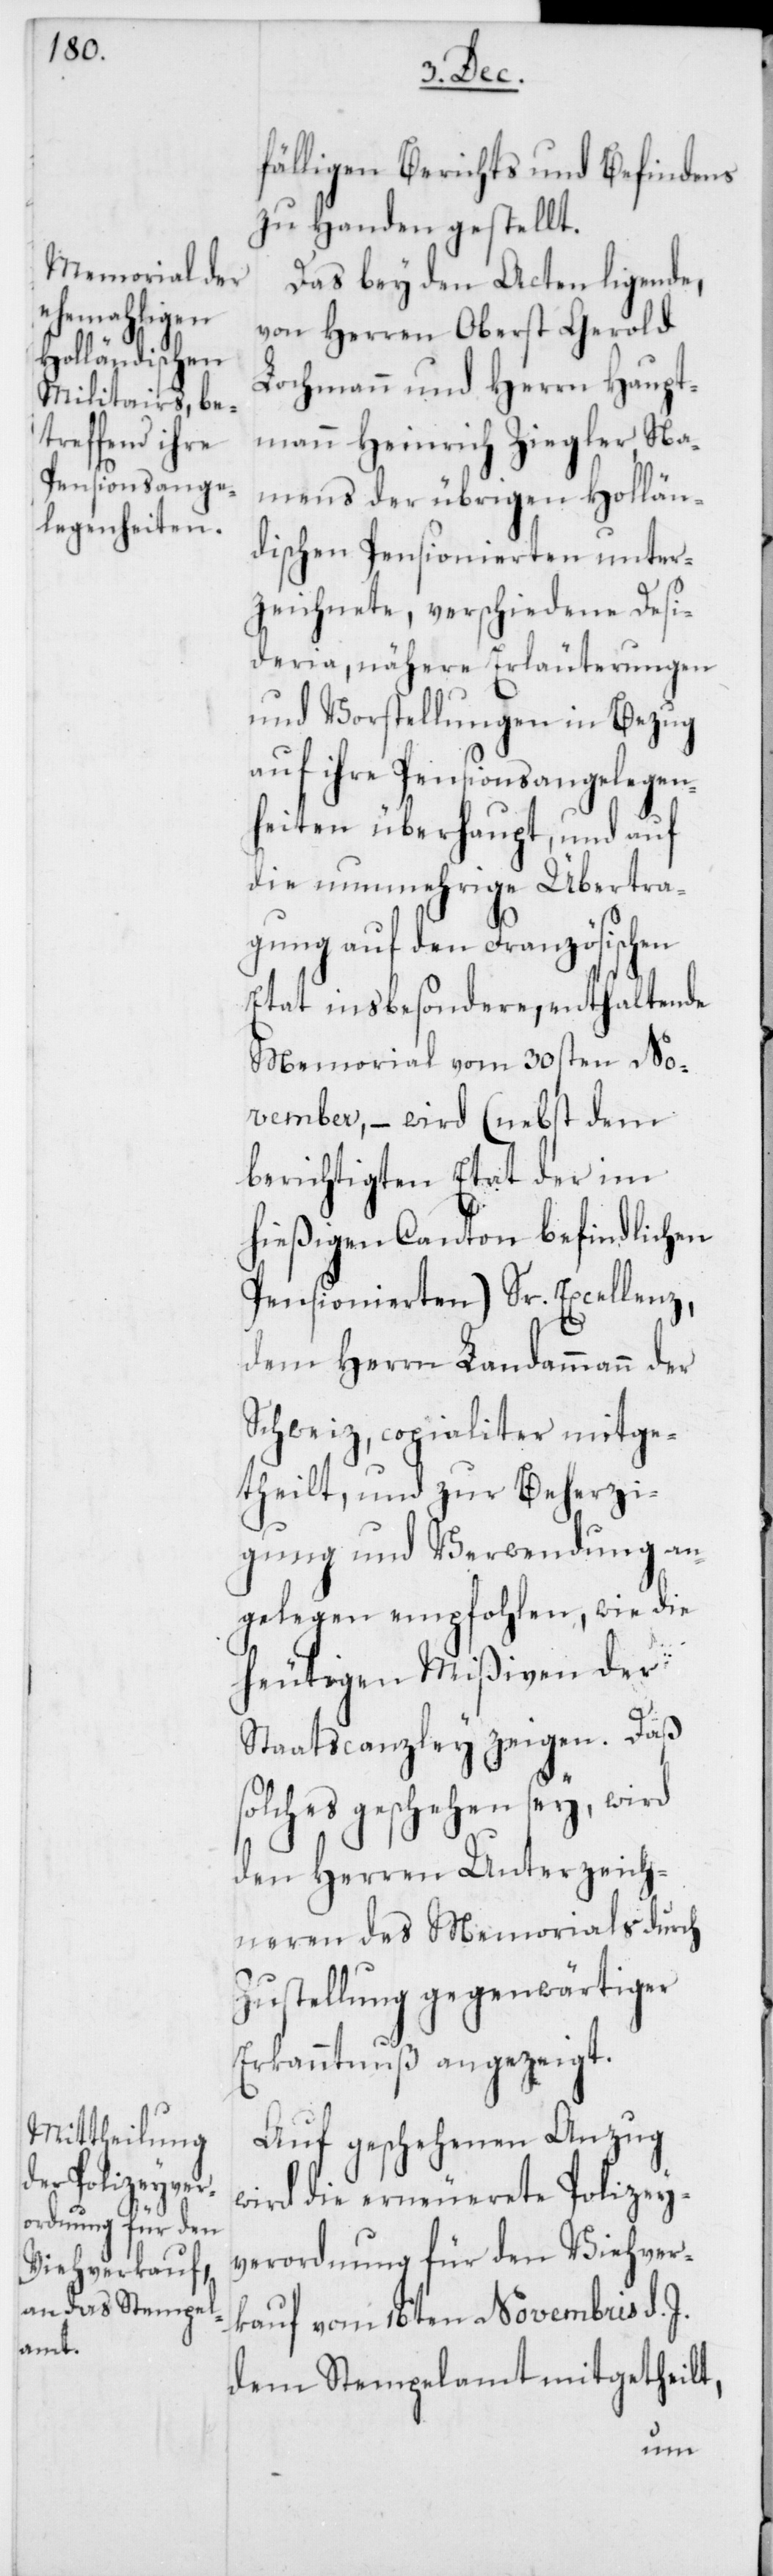
fälligen Berichts und Befindens
zu Handen gestellt.
Das bey den Acten ligende,
von Herren Oberst Gerold
Lochmann und Herrn Haupt¬
mann Heinrich Ziegler, Na¬
mens der übrigen Hollän¬
dischen Pensionierten unter¬
zeichnete, verschiedene Desi¬
deria, nähere Erläuterungen
und Vorstellungen in Bezug
auf ihre Pensionsangelegen¬
heiten überhaupt, und auf
die nunmehrige Übertra¬
gung auf den Französischen
Etat insbesondere, enthaltende
Memorial vom 30sten No¬
vember, – wird (nebst dem
berichtigten Etat der im
hießigen Canton befindlichen
Pensionierten) Sr. Excellenz,
dem Herrn Landammann der
Schweiz, copialiter mitge¬
theilt, und zur Beherzi¬
gung und Verwendung an¬
gelegen empfohlen, wie die
heutigen Mißiven der
Staatscanzley zeigen. Daß
solches geschehen sey, wird
den Herren Unterzeich¬
neren des Memorials durch
Zustellung gegenwärtiger
Erkanntnuß angezeigt.
Auf geschehenen Anzug
wird die erneuerete Polizey¬
verordnung für den Viehver¬
kauf vom 16ten Novembris d.
dem Stempelamt mitgetheilt,